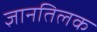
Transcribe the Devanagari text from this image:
ज्ञानतिलक